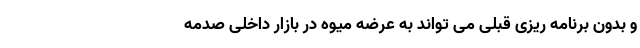
و بدون برنامه ریزی قبلی می تواند به عرضه میوه در بازار داخلی صدمه